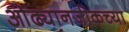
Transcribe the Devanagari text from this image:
ओढ्यानजीकच्या